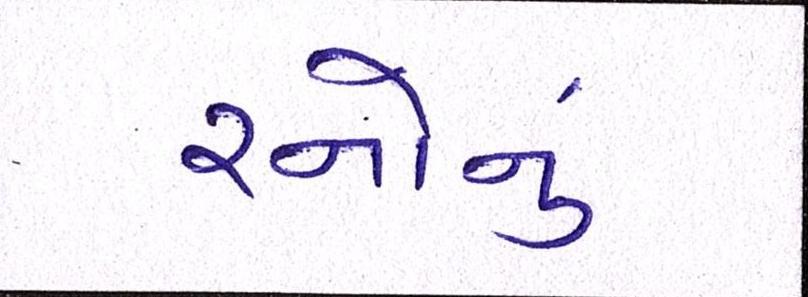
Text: રનોનું